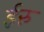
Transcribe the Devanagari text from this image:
ईरु